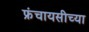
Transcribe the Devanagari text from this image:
फ्रंचायसीच्या